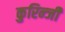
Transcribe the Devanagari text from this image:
कुरिन्‍जी